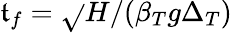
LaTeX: \mathfrak{t}_{f}=\sqrt{}{{H/(\beta_{T}g\Delta_{T})}}